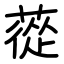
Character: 蓯